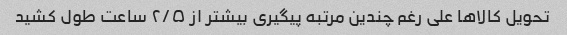
تحویل کالاها علی رغم چندین مرتبه پیگیری بیشتر از ۲/۵ ساعت طول کشید